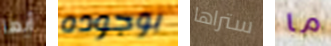
أيها بوجوده ستراها ما